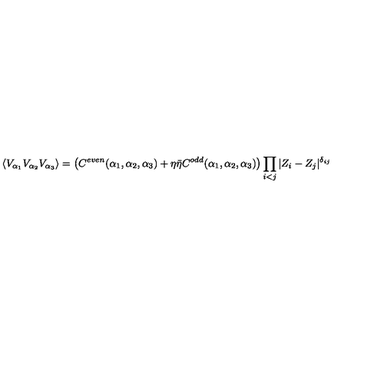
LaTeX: \langle V _ { \alpha _ { 1 } } V _ { \alpha _ { 2 } } V _ { \alpha _ { 3 } } \rangle = \left( C ^ { e v e n } ( \alpha _ { 1 } , \alpha _ { 2 } , \alpha _ { 3 } ) + \eta \bar { \eta } C ^ { o d d } ( \alpha _ { 1 } , \alpha _ { 2 } , \alpha _ { 3 } ) \right) \prod _ { i < j } | Z _ { i } - Z _ { j } | ^ { \delta _ { i j } }